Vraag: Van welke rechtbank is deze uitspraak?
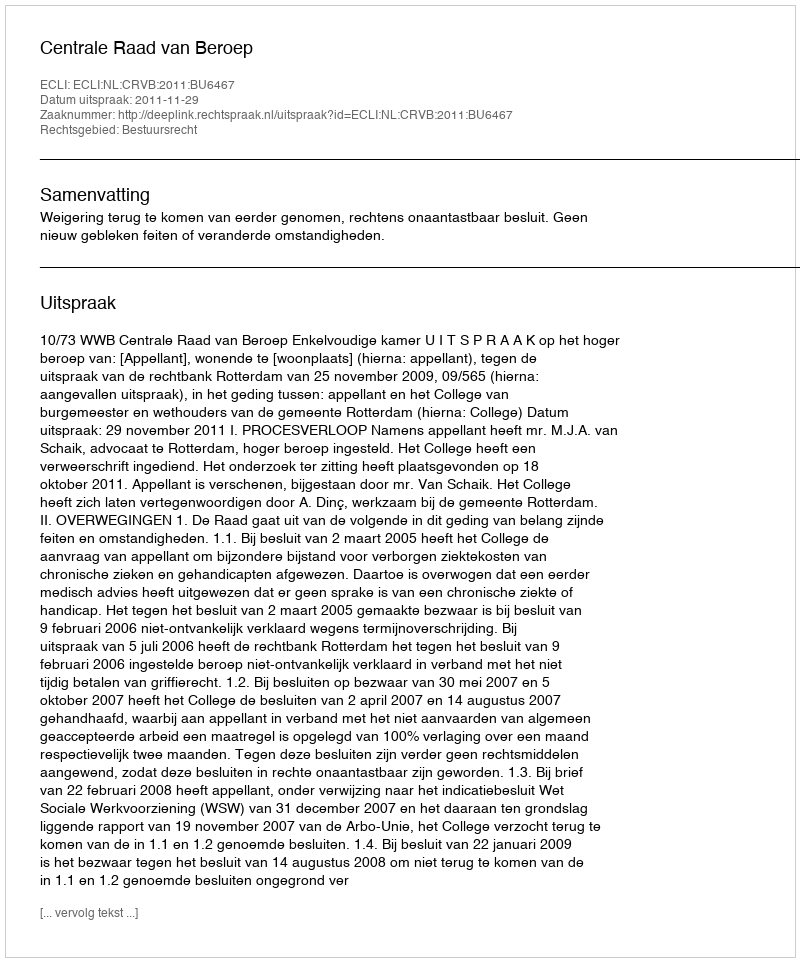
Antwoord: Centrale Raad van Beroep